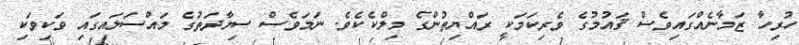
ހުރިހާ ޒަމާނެއްގައިވެސް ޤައުމުގެ ވެރިކަމަކީ ރައްޔިތުންގެ މިލްކެކެވެ. ނަމަވެސް ސިޔާދަތުގެ މައްސަލައިގައި ވަކިވަކި